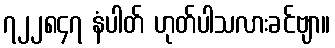
၇၂၂၈၄၇ နံပါတ် ဟုတ်ပါသလားခင်ဗျာ။